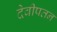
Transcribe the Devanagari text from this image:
देवीपतन